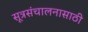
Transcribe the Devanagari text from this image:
सूत्रसंचालनासाठी